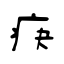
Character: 疦